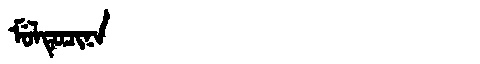
Manchu: ᠮᡠᠯᡨᡠᠴᡳᠨᠠ
Romanization: MULTUCINA